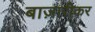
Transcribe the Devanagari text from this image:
बाज़ारीकर